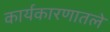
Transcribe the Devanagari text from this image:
कार्यकारणातले